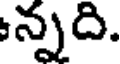
న్నది.